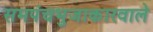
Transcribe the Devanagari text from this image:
समपंचभुजाकारवाले